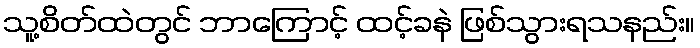
သူ့စိတ်ထဲတွင် ဘာကြောင့် ထင့်ခနဲ ဖြစ်သွားရသနည်း။